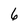
Character: 6